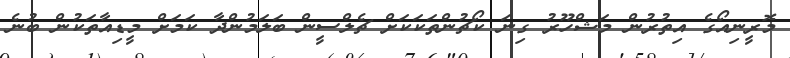
މޮރީނިއޯގެ އިތުރުން މަޝްހޫރު ގިނަ ކޯޗުންތަކަކަށް ޗެލްސީން ބަލަމުންދާ ކަމަށް މީޑިއާތަކުން ބުނެ